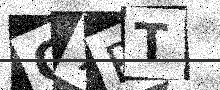
Text: C7PT